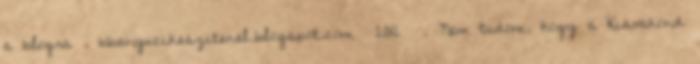
a blogra . bbanyucikeszitenel.blogspot.com 2012 . Nem tudom, hogy a Kisvakond